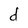
Character: d